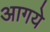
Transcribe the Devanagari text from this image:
आगये